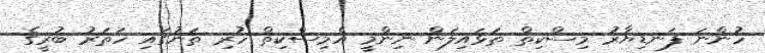
ހުންނަ ފަނޑިޔާރު މިސްކިތް ތަޅައިލަން ނިންމީ އެމިސްކިތް ހުރި ތަނުގައި ހަތަރު ބުރީގެ